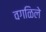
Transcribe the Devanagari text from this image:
वगळिले